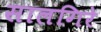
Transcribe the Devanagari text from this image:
सालगिरे